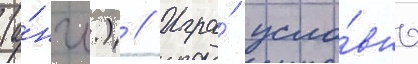
(а́нгл.) // Игра́ усло́вно